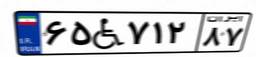
۵۹W۵۴۸۲۳